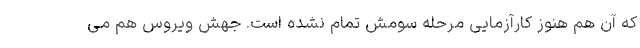
که آن هم هنوز کارآزمایی مرحله سومش تمام نشده است. جهش ویروس هم می